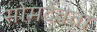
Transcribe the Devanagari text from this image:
सोमदेवता